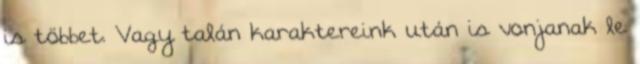
is többet. Vagy talán karaktereink után is vonjanak le